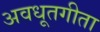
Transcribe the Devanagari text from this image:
अवधूतगीता